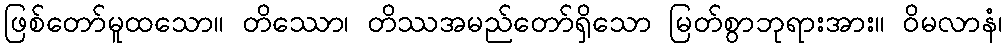
ဖြစ်တော်မူထသော။ တိဿော၊ တိဿအမည်တော်ရှိသော မြတ်စွာဘုရားအား။ ဝိမလာနံ၊